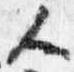
人